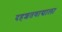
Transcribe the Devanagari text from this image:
दहशतवाद्याला